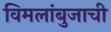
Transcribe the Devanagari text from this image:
विमलांबुजाची